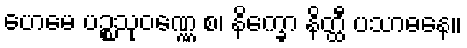
ဟေမေ ပဉ္စသုဝဏ္ဏေ စ၊ နိက္ခော နိတ္ထီ ပသာဓနေ။